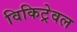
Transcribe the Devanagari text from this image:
विकिट्रेवल